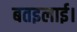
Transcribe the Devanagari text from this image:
बतइलाई।